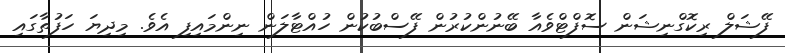
ފޭޝަލް ރިކޮގްނިޝަން ސޮފްޓްވެއާ ބޭނުންކުރުން ފޭސްބުކުން ހުއްޓާލަން ނިންމައިފި އެވެ. މިދިޔަ ހަފުތާގައި